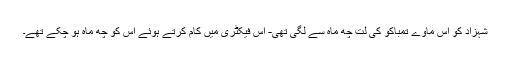
شہزاد کو اس ماوے تمباکو کی لت چھ ماہ سے لگی تھی- اس فیکٹری میں کام کرتے ہوئے اس کو چھ ماہ ہو چکے تھے۔